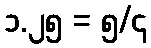
၁.၂၅ = ၅/၄